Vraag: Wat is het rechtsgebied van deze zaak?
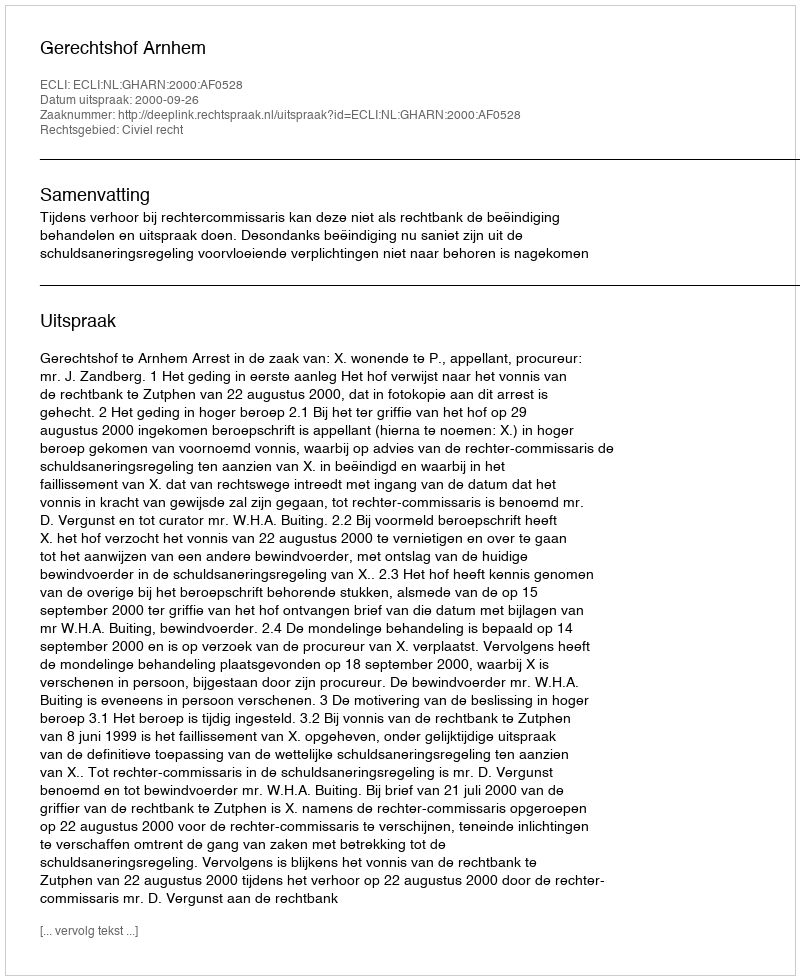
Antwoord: Civiel recht